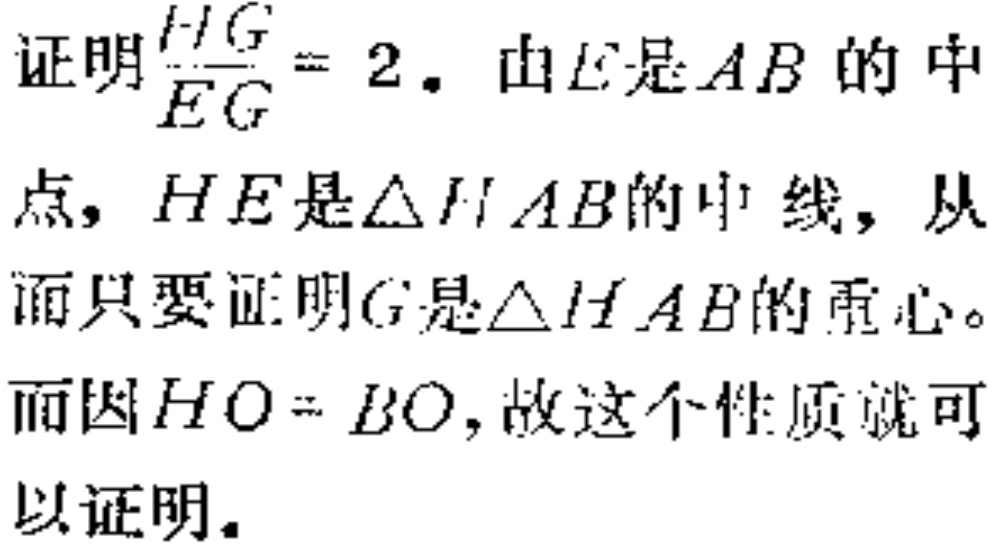
证明$\frac{HG}{EG}=2$. 由$E$是$AB$的中点，$HE$是$\triangle HAB$的中线，从而只要证明$G$是$\triangle HAB$的重心。而因$HO = BO$，故这个性质就可以证明。